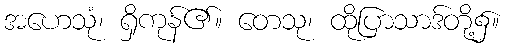
အဟေသုံ၊ ရှိကုန်၏။ တေသု၊ ထိုပြာသာဒ်တို့၌။